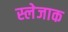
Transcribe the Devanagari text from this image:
स्लेजाक